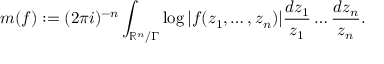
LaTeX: m ( f ) : = ( 2 \pi i ) ^ { - n } \int _ { \mathbb { R } ^ { n } / \Gamma } \log | f ( z _ { 1 } , \dots , z _ { n } ) | { \frac { d z _ { 1 } } { z _ { 1 } } } \dots { \frac { d z _ { n } } { z _ { n } } } .